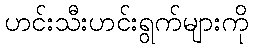
ဟင်းသီးဟင်းရွက်များကို